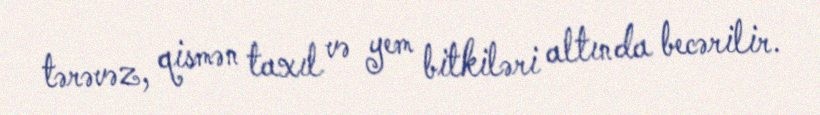
tərəvəz, qismən taxıl və yem bitkiləri altında becərilir.